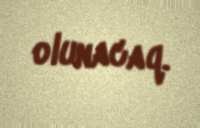
olunacaq.